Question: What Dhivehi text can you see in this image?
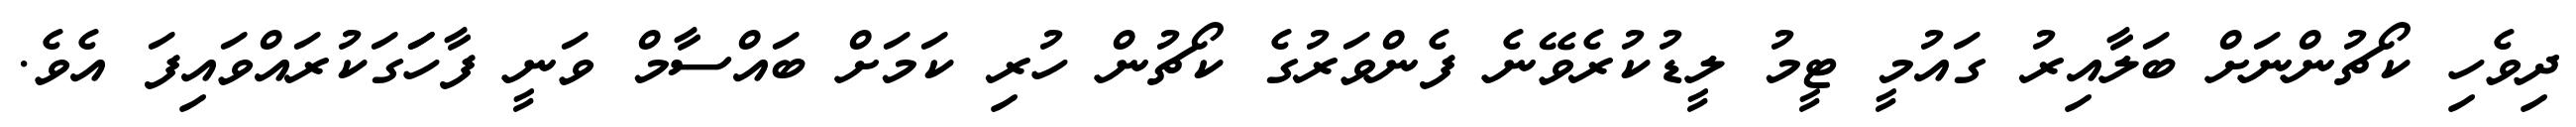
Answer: ދިވެހި ކޯޗުންނަށް ބަލާއިރު ގައުމީ ޓީމު ލީޑުކުރެވޭނެ ފެންވަރުގެ ކޯޗުން ހުރި ކަމަށް ބައްސާމް ވަނީ ފާހަަގަކުރައްވައިފަ އެވެ.